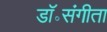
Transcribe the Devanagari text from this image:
डॉ॰संगीता